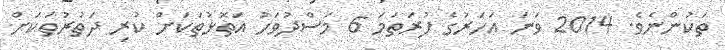
ތަކުންނެވެ. 2014 ވަނަ އަހަރުގެ ފުރަތަމަ 6 މަސްދުވަހު އަތޮޅުތަކަށް ކުރި ދަތުރުތަކަށް